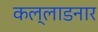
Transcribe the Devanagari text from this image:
कल्लाडनार